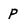
Character: p